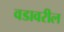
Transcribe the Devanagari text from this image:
वडावरील